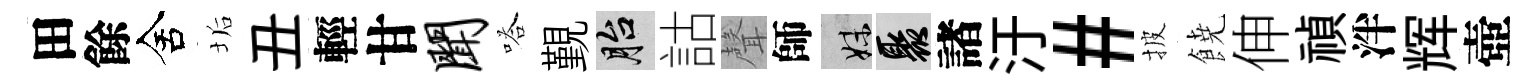
田餘舍垢丑輕甘闻嗒覲胎詁聲師妹聚諸汙#披𩜙伸禎泮辉壺